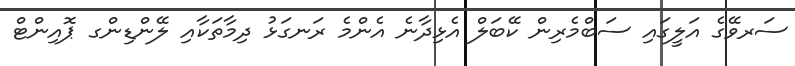
ސަރވޭގެ އަލީގައި ސަބްމެރިން ކޭބަލް އެޅިދާނެ އެންމެ ރަނގަޅު ދިމާތަކާއި ލޭންޑިންގ ޕޮއިންޓް